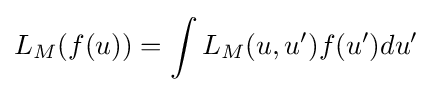
L_{M}(f(u))=\int L_{M}(u,u')f(u')du'